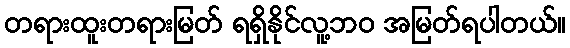
တရားထူးတရားမြတ် ရရှိနိုင်လူ့ဘ၀ အမြတ်ရပါတယ်။